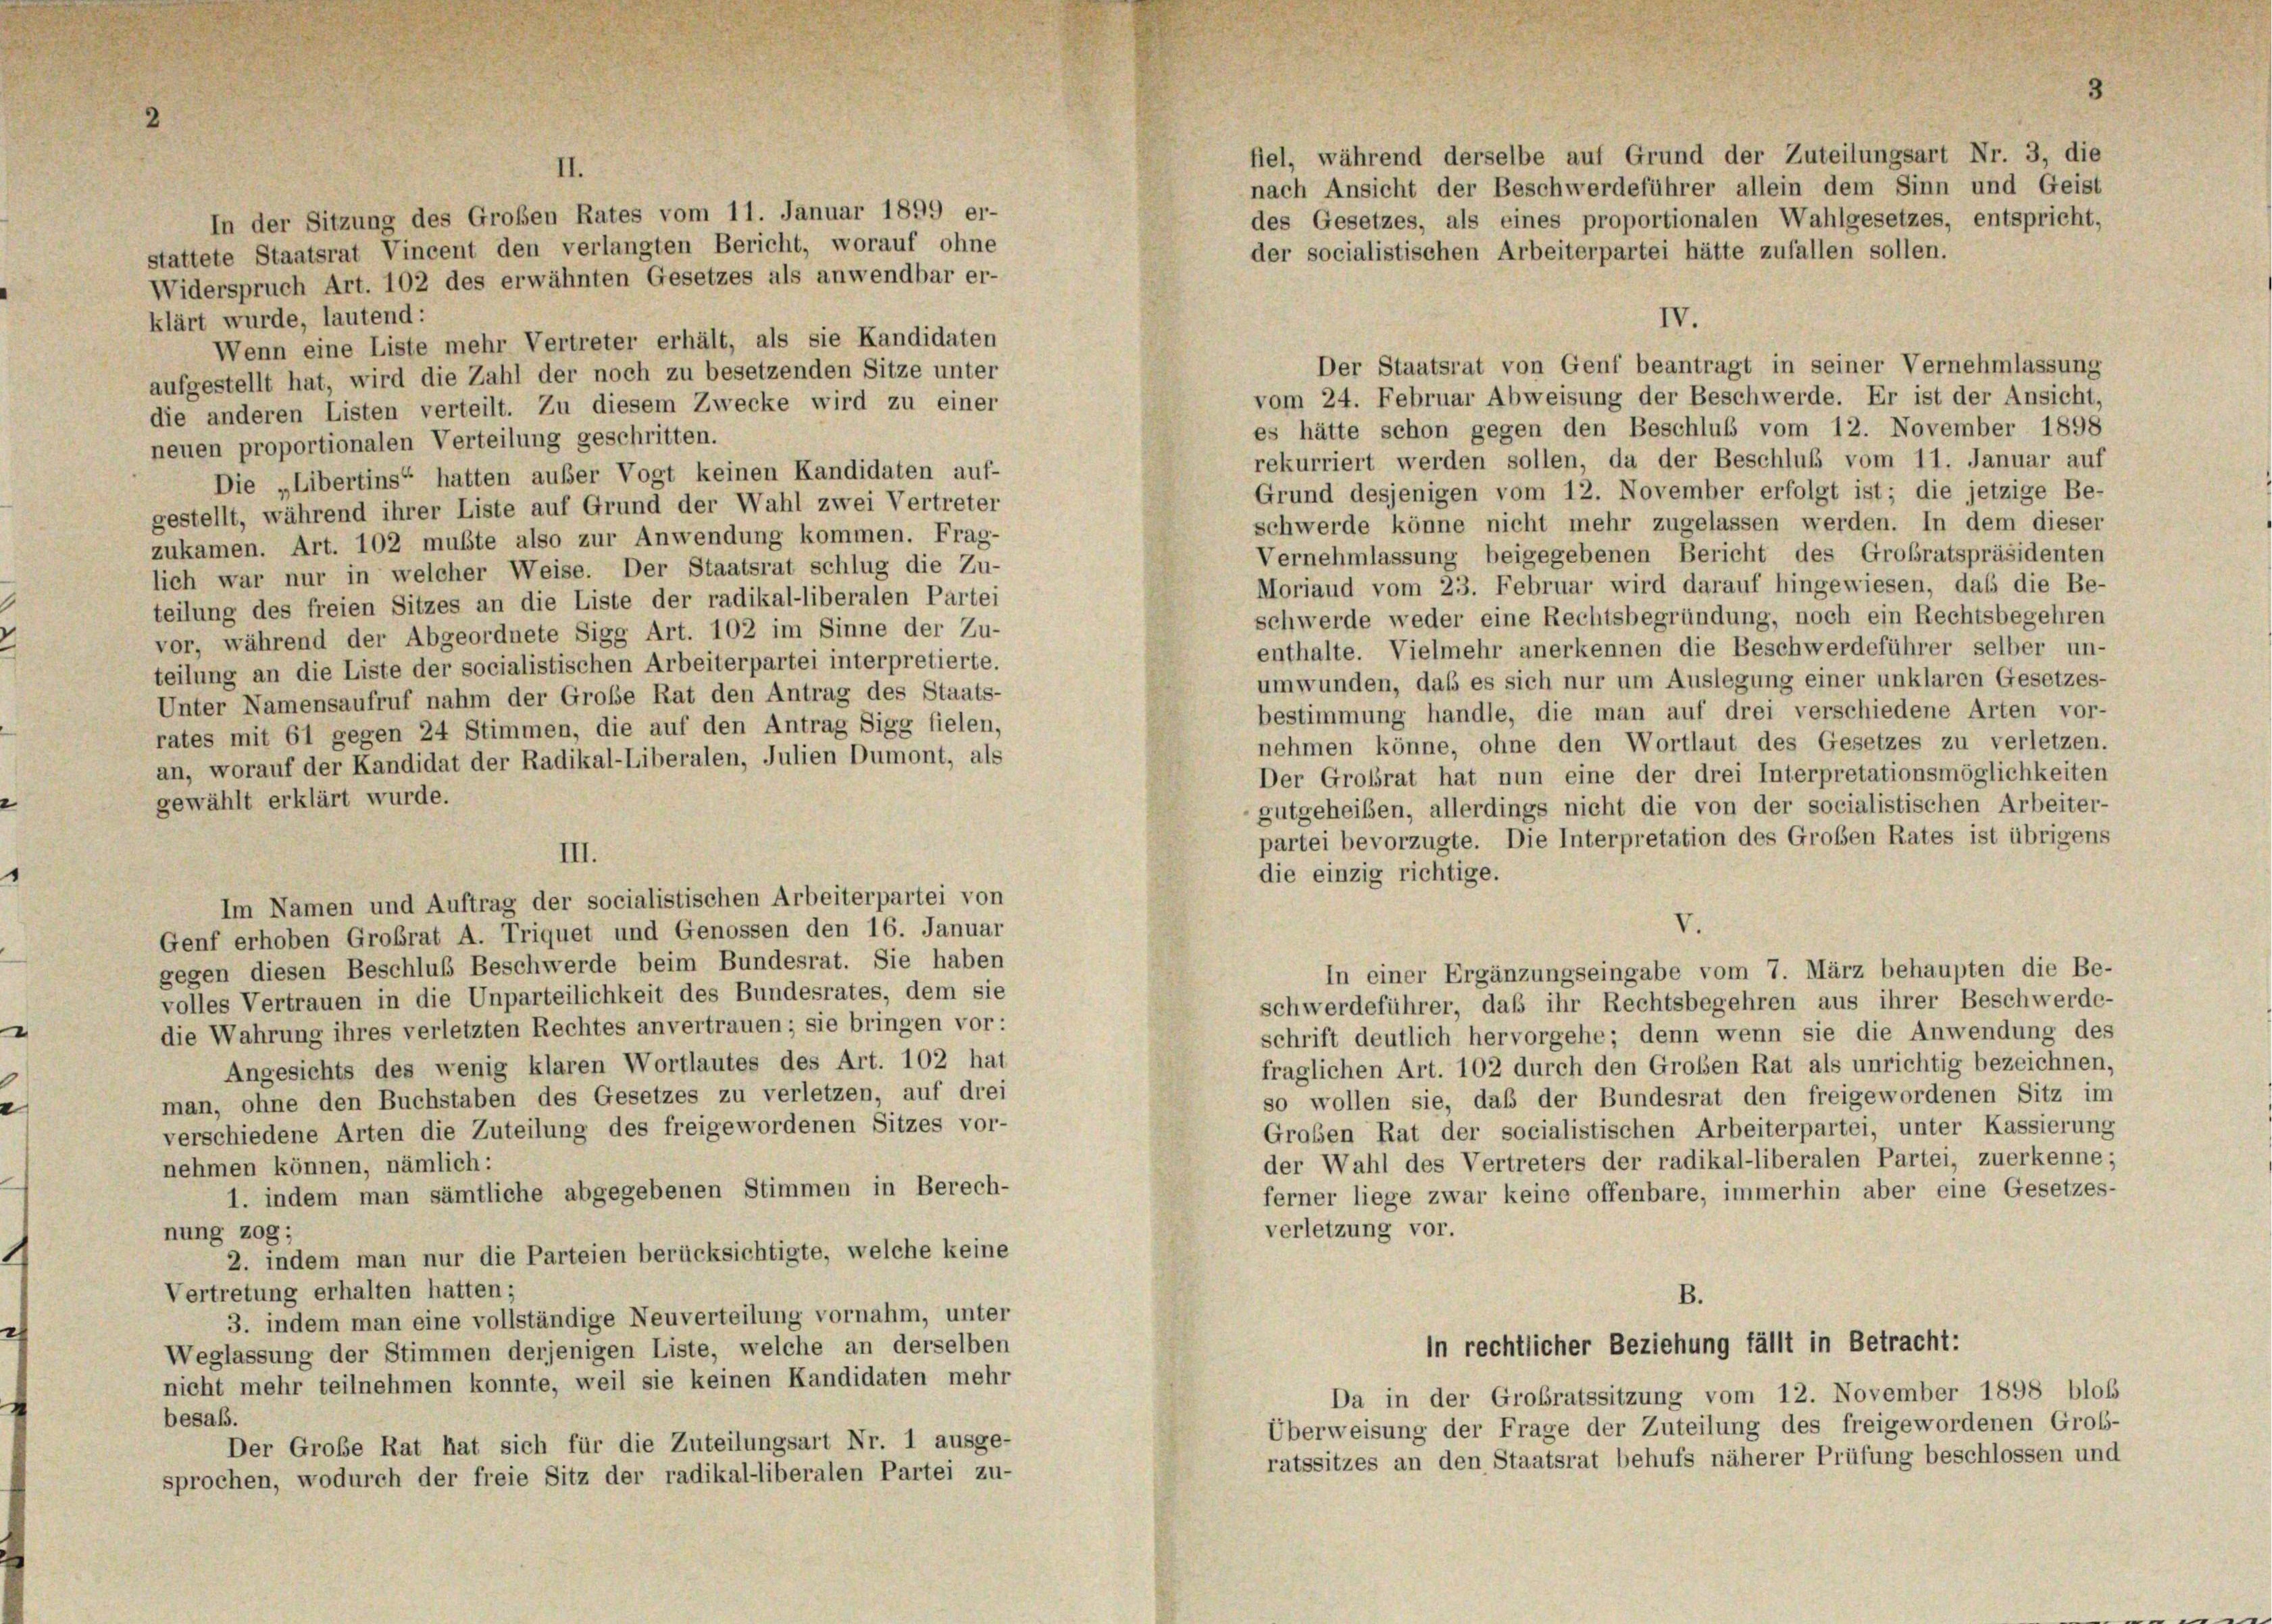
In der Sitzung des Großen Rates vom 11. Januar 1899 er-
stattete Staatsrat Vincent den verlangten Bericht, worauf ohne
Widerspruch Art. 102 des erwähnten Gesetzes als anwendbar er-
klärt wurde, lautend:
Wenn eine Liste mehr Vertreter erhält, als sie Kandidaten
aufgestellt hat, wird die Zahl der noch zu besetzenden Sitze unter
die anderen Listen verteilt. Zu diesem Zwecke wird zu einer
neuen proportionalen Verteilung geschritten.
Die „Libertins“ hatten außer Vogt keinen Kandidaten auf-
gestellt, während ihrer Liste auf Grund der Wahl zwei Vertreter
zukamen. Art. 102 mußte also zur Anwendung kommen. Frag-
lich war nur in welcher Weise. Der Staatsrat schlug die Zu-
teilung des freien Sitzes an die Liste der radikal-liberalen Partei
vor, während der Abgeordnete Sigg Art. 102 im Sinne der Zu-
teilung an die Liste der socialistischen Arbeiterpartei interpretierte.
Unter Namensaufruf nahm der Große Rat den Antrag des Staats-
rates mit 61 gegen 24 Stimmen, die auf den Antrag Sigg fielen,
an, worauf der Kandidat der Radikal-Liberalen, Julien Dumont, als
gewählt erklärt wurde.
III.
Im Namen und Auftrag der socialistischen Arbeiterpartei von
Genf erhoben Großrat A. Triquet und Genossen den 16. Januar
gegen diesen Beschluß Beschwerde beim Bundesrat. Sie haben
volles Vertrauen in die Unparteilichkeit des Bundesrates, dem sie
die Wahrung ihres verletzten Rechtes anvertrauen; sie bringen vor:
Angesichts des wenig klaren Wortlautes des Art. 102 hat
man, ohne den Buchstaben des Gesetzes zu verletzen, auf drei
verschiedene Arten die Zuteilung des freigewordenen Sitzes vor-
nehmen können, nämlich:
1. indem man sämtliche abgegebenen Stimmen in Berech-
nung zog;
2. indem man nur die Parteien berücksichtigte, welche keine
Vertretung erhalten hatten;
3. indem man eine vollständige Neuverteilung vornahm, unter
Weglassung der Stimmen derjenigen Liste, welche an derselben
nicht mehr teilnehmen konnte, weil sie keinen Kandidaten mehr
besaß.
Der Große Rat hat sich für die Zuteilungsart Nr. 1 ausge-
sprochen, wodurch der freie Sitz der radikal-liberalen Partei zu-

fiel, während derselbe auf Grund der Zuteilungsart Nr. 3, die
nach Ansicht der Beschwerdeführer allein dem Sinn und Geist
des Gesetzes, als eines proportionalen Wahlgesetzes, entspricht,
der socialistischen Arbeiterpartei hätte zufallen sollen.
IV.
Der Staatsrat von Genf beantragt in seiner Vernehmlassung
vom 24. Februar Abweisung der Beschwerde. Er ist der Ansicht,
es hätte schon gegen den Beschluß vom 12. November 1898
rekurriert werden sollen, da der Beschluß vom 11. Januar auf
Grund desjenigen vom 12. November erfolgt ist; die jetzige Be-
schwerde könne nicht mehr zugelassen werden. In dem dieser
Vernehmlassung beigegebenen Bericht des Großratspräsidenten
Moriaud vom 23. Februar wird darauf hingewiesen, daß die Be-
schwerde weder eine Rechtsbegründung, noch ein Rechtsbegehren
enthalte. Vielmehr anerkennen die Beschwerdeführer selber un-
umwunden, daß es sich nur um Auslegung einer unklaren Gesetzes-
bestimmung handle, die man auf drei verschiedene Arten vor-
nehmen könne, ohne den Wortlaut des Gesetzes zu verletzen.
Der Grobrat hat nun eine der drei Interpretationsmöglichkeiten
gutgeheißen, allerdings nicht die von der socialistischen Arbeiter-
partei bevorzugte. Die Interpretation des Großen Rates ist übrigens
die einzig richtige.
V.
In einer Ergänzungseingabe vom 7. März behaupten die Be-
schwerdeführer, daß ihr Rechtsbegehren aus ihrer Beschwerde-
schrift deutlich hervorgehe; denn wenn sie die Anwendung des
fraglichen Art. 102 durch den Groben Rat als unrichtig bezeichnen,
so wollen sie, daß der Bundesrat den freigewordenen Sitz im
Großen Rat der socialistischen Arbeiterpartei, unter Kassierung
der Wahl des Vertreters der radikal-liberalen Partei, zuerkenne;
ferner liege zwar keine offenbare, immerhin aber eine Gesetzes-
verletzung vor.

B.

in rechtlicher Beziehung fällt in Betracht:
Da in der Großratssitzung vom 12. November 1898 bloß
Überweisung der Frage der Zuteilung des freigewordenen Grob-
ratssitzes an den Staatsrat behufs näherer Prüfung beschlossen und